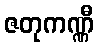
ဇတုကဏ္ဏီ